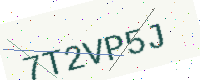
Text: 7T2VP5J